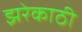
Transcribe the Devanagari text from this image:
झरेकाठी